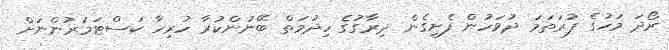
ރޯދަ މަހުގެ ފުރަތަމަ ދުވަހުން ފެށިގެން ދިރާގުގެ ހިދުމަތް ބޭނުންކުރާ ހުރިހާ ކަސްޓަމަރުންނަށް